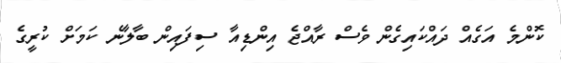
ކޮންމެ އަގެއް ދައްކައިގެން ވެސް ރާއްޖެ އިންޑިއާ ސިފައިން ބާލާނެ ކަމަށް ކުރީގެ